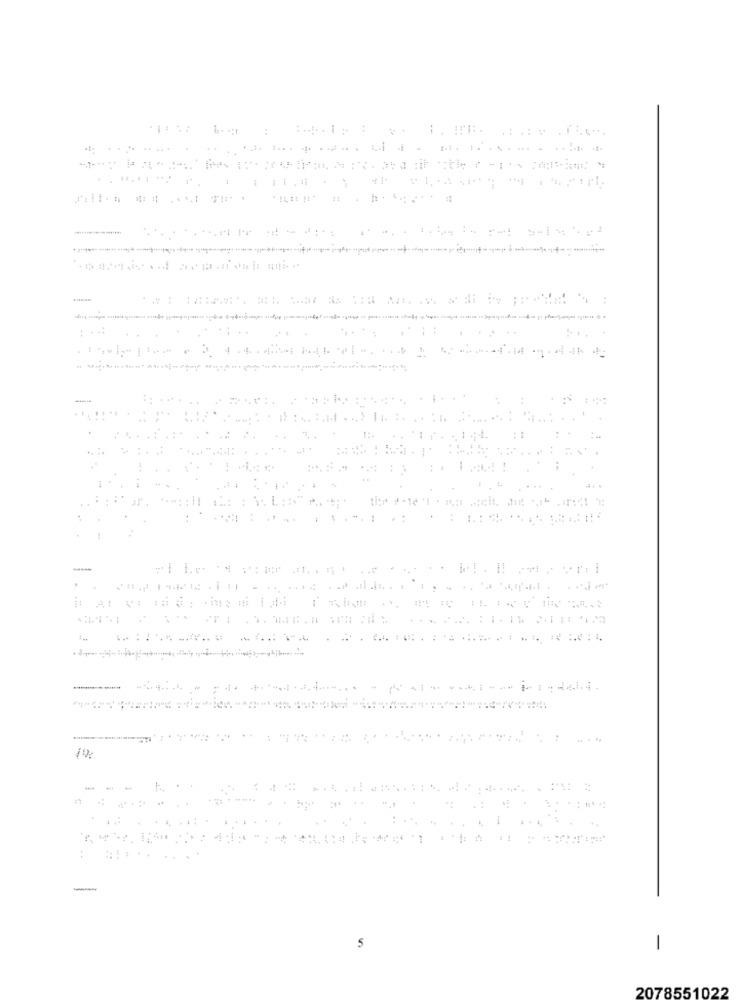
...............
11. :
14%
--
5
-
2078551022